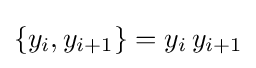
\{y_{i},y_{i+1}\}=y_{i}\,y_{i+1}